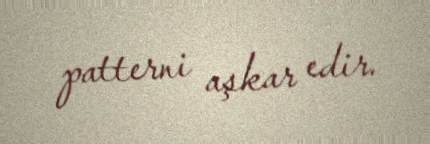
patterni aşkar edir.